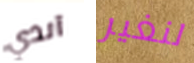
آندي لنغير